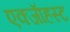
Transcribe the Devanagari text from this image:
एक्जाॅहस्ट